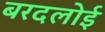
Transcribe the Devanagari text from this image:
बरदलोई